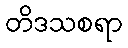
တိဒသစရာ